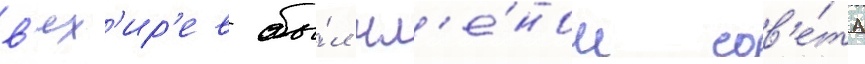
в'ях'ир'ев бы́л чл'е́ном сов'е́та